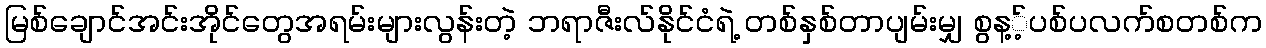
မြစ်ချောင်အင်းအိုင်တွေအရမ်းများလွန်းတဲ့ ဘရာဇီးလ်နိုင်ငံရဲ့ တစ်နှစ်တာပျမ်းမျှ စွန့့်ပစ်ပလက်စတစ်က